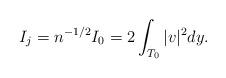
LaTeX: \begin{align*}I_j = n^{-1/2} I_0 = 2 \int_{T_0} |v|^2 dy.\end{align*}